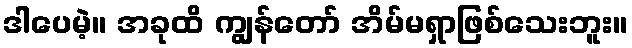
ဒါပေမဲ့။ အခုထိ ကျွန်တော် အိမ်မရှာဖြစ်သေးဘူး။